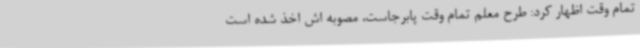
تمام وقت اظهار کرد: طرح معلم تمام وقت پابرجاست، مصوبه اش اخذ شده است